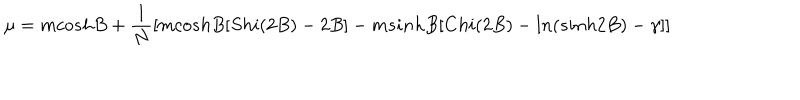
\mu = m c o s h B + \frac { 1 } { N } \left[ m c o s h B [ S h i ( 2 B ) - 2 B ] - m s i n h B [ C h i ( 2 B ) - l n ( s i n h 2 B ) - \gamma ] \right]